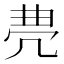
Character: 𠙐